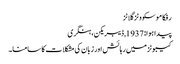
رفکا موسکووٹز گلاٹز
پیدا ہوا: 1937, ڈیبریکن، ہنگری
کیبوٹز میں رہائش اور زبان کی مشکلات کا سامنا۔